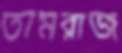
তামরাজ